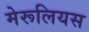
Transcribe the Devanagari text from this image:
मेरूलियस